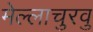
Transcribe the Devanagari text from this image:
मेल्‍लाचुरवु